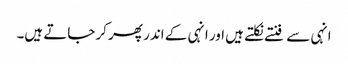
انہی سے فنتے نکلتے ہیں اور انہی کے اندر پھر کر جاتے ہیں۔